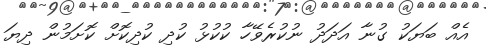
އެއް ބަޔަކު ގުނާ އަދަދު ނުކުރެވޭހާ ކުކުޅު ކުދި ކުދިކޮށް ކޮށަމުން ދިޔަ